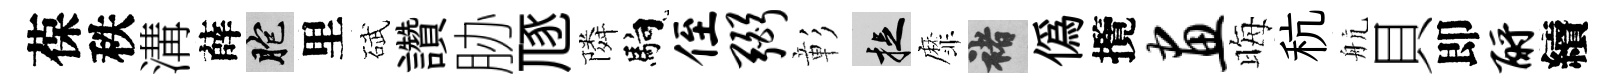
葆秩溝薛胞里碔讚胁豗隣馿侄弼彰捉靡褚僞攬画晦秔航貝即酹續